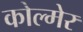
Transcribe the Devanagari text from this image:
कोल्मेर